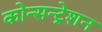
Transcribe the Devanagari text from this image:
कोन्सन्ट्रेशन